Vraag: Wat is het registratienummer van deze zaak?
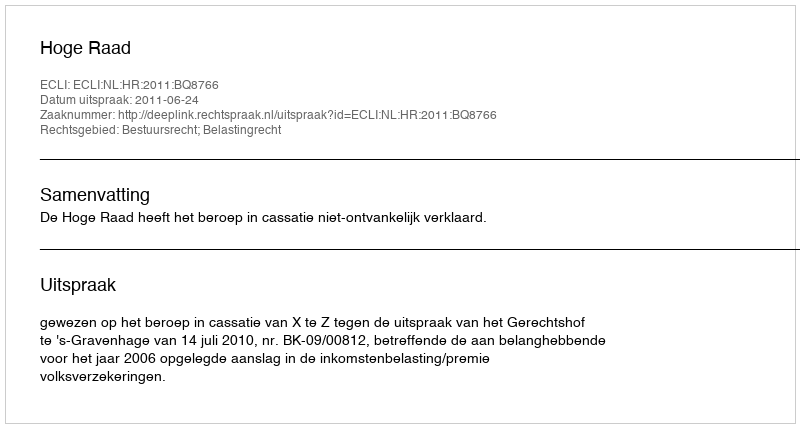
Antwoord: http://deeplink.rechtspraak.nl/uitspraak?id=ECLI:NL:HR:2011:BQ8766